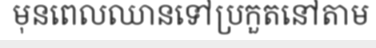
មុនពេលឈានទៅប្រកួតនៅតាម